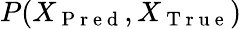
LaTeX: P(X_{\mathrm{~P~r~e~d~}},X_{\mathrm{~T~r~u~e~}})